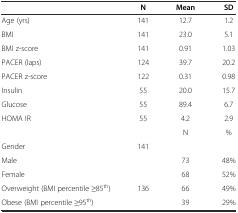
<table><thead><tr><td></td><td><b>N</b></td><td><b>Mean</b></td><td><b>SD</b></td></tr></thead><tbody><tr><td>Age (yrs)</td><td>141</td><td>12.7</td><td>1.2</td></tr><tr><td>BMI</td><td>141</td><td>23.0</td><td>5.1</td></tr><tr><td>BMI z-score</td><td>141</td><td>0.91</td><td>1.03</td></tr><tr><td>PACER (laps)</td><td>124</td><td>39.7</td><td>20.2</td></tr><tr><td>PACER z-score</td><td>122</td><td>0.31</td><td>0.98</td></tr><tr><td>Insulin</td><td>55</td><td>20.0</td><td>15.7</td></tr><tr><td>Glucose</td><td>55</td><td>89.4</td><td>6.7</td></tr><tr><td>HOMA IR</td><td>55</td><td>4.2</td><td>2.9</td></tr><tr><td></td><td></td><td>N</td><td>%</td></tr><tr><td>Gender</td><td>141</td><td></td><td></td></tr><tr><td>Male</td><td></td><td>73</td><td>48%</td></tr><tr><td>Female</td><td></td><td>68</td><td>52%</td></tr><tr><td>Overweight (BMI percentile ≥85<sup>th</sup>)</td><td>136</td><td>66</td><td>49%</td></tr><tr><td>Obese (BMI percentile ≥95<sup>th</sup>)</td><td></td><td>39</td><td>29%</td></tr></tbody></table>